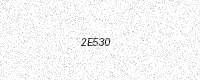
Text: 2E530